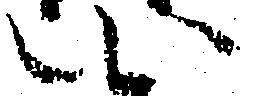
い